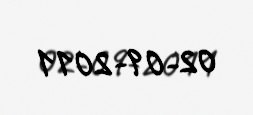
02-09-2011